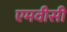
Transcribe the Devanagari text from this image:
एमवीसी